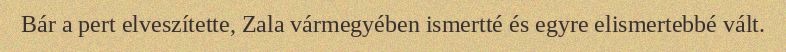
Bár a pert elveszítette, Zala vármegyében ismertté és egyre elismertebbé vált.